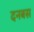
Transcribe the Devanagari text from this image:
दनबस